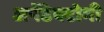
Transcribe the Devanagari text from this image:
अपेंडेक्टोमी